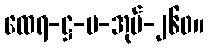
ထေရ-ဋ္ဌ-ပ-အုပ်-၂၆၀။